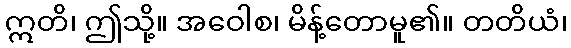
ဣတိ၊ ဤသို့။ အဝေါစ၊ မိန့်တောမူ၏။ တတိယံ၊